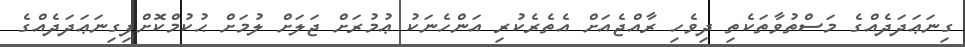
ގިނަޢަދަދެއްގެ މަސްތުވާތަކެތި ދިވެހި ރާއްޖެއަށް އެތެރެކުރި އަންހެނަކު ޢުމުރަށް ޖަލަށް ލުމަށް ޙުކުމްކޮށްފިގިނަޢަދަދެއްގެ